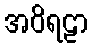
အဝိရဠာ